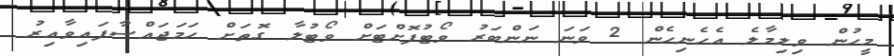
މީހުން ވިލިމާލެ އެހެނިހެން 2 ވަނަ ނަންބަރު ވޯޓުފޮށްޓަށް ވޯޓުލާ ގޮތަށް ހަމަޖައްސާފައިވާއިރު